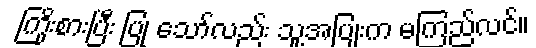
ကြိုးစားပြီး ပြု သော်လည်း သူ့အပြုံးက မကြည်လင်။